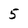
Character: 5